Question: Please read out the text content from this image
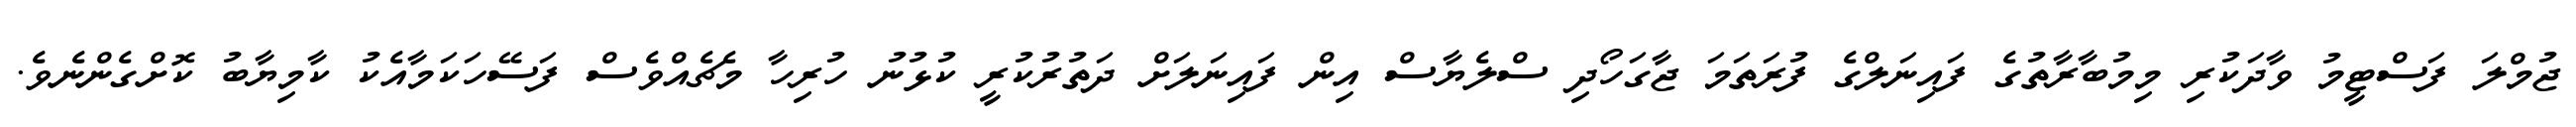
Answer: ޖުމްލަ ފަސްޓީމު ވާދަކުރި މިމުބާރާތުގެ ފައިނަލްގެ ފުރަތަމަ ޖާގަހޯދި ސްލެޔާސް އިން ފައިނަލަށް ދަތުރުކުރީ ކުޅުނު ހުރިހާ މެޗެއްވެސް ފަސޭހަކަމާއެކު ކާމިޔާބު ކޮށްގެންނެވެ.